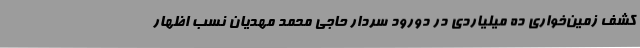
کشف زمین‌خواری ده میلیاردی در دورود سردار حاجی محمد مهدیان نسب اظهار